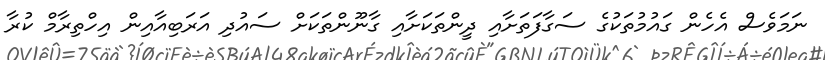
ނަމަވެސް އެހެން ގައުމުތަކުގެ ސަގާފަތަށާއި ދީންތަކަށާއި ގާނޫންތަކަށް ސައުދި އަރަބިއާއިން އިހްތިރާމް ކުރާ